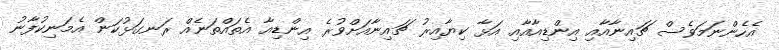
އެހެންނަމަވެސް ޗައިނާއާއި އިންޑިއާއާއި އަޅާ ކިޔާއިރު ޗައިނާއަށްވުރެ އިންޑިއާ އެތައްތަނެއް ރަނގަޅުކަން އެމަނިކުފާނު